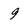
Character: 9